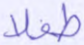
طفلا